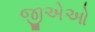
જીએઓ